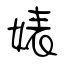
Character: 婊